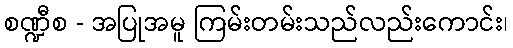
စဏ္ဍီစ - အပြုအမူ ကြမ်းတမ်းသည်လည်းကောင်း၊